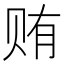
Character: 贿